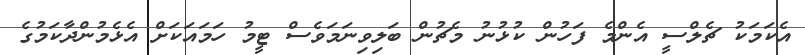
އެކަމަކު ޗެލްސީ އެންމެ ފަހުން ކުޅުނު މެޗުން ބަލިވިނަމަވެސް ޓީމު ހަމައަކަށް އެޅެމުންދާކަމުގެ